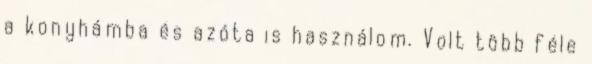
a konyhámba és azóta is használom. Volt több féle